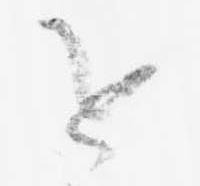
追